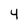
Character: 4